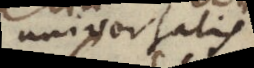
universalis